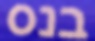
בנס